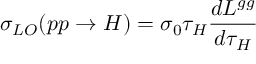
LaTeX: \sigma _ { L O } ( p p \to H ) = \sigma _ { 0 } \tau _ { H } \frac { d { \cal L } ^ { g g } } { d \tau _ { H } }